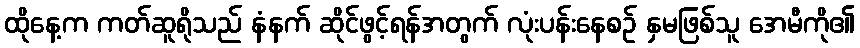
ထိုနေ့က ကတ်ဆူရိုသည် နံနက် ဆိုင်ဖွင့်ရန်အတွက် လုံးပန်းနေစဉ် နှမဖြစ်သူ အေမီကို၏